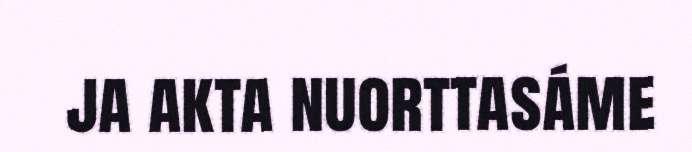
ja akta nuorttasáme